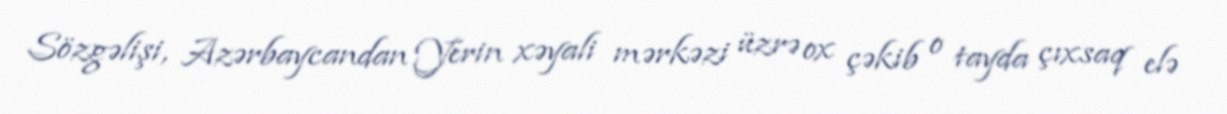
Sözgəlişi, Azərbaycandan Yerin xəyali mərkəzi üzrə ox çəkib o tayda çıxsaq elə